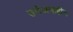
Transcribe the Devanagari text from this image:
उत्तेजनाहीन